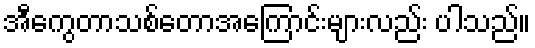
အီကွေတာသစ်တောအကြောင်းများလည်း ပါသည်။